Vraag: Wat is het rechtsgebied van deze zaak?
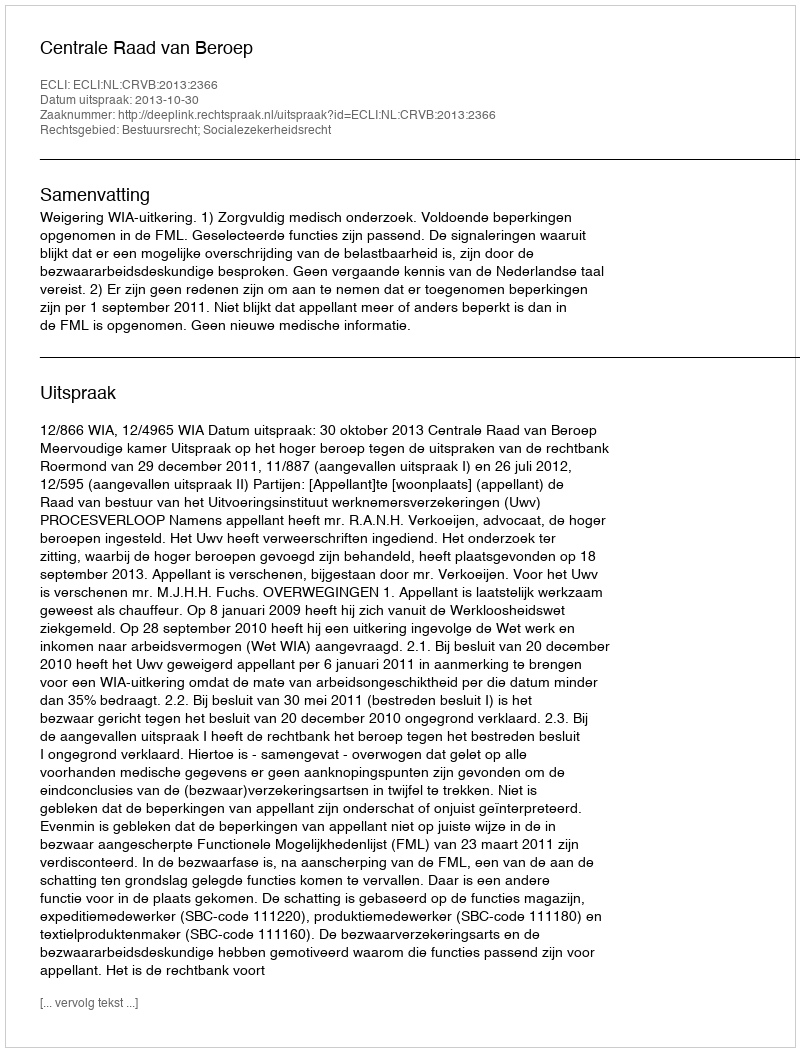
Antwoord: Bestuursrecht; Socialezekerheidsrecht